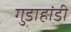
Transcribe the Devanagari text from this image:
गुडाहांडी